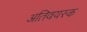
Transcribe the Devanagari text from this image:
अतिवयस्क